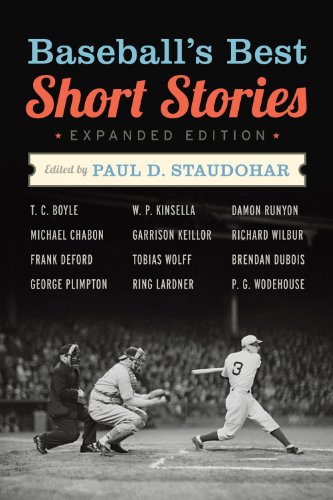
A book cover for Baseball's Best Short Stories (Sporting's Best Short Stories series); Literature & Fiction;